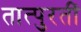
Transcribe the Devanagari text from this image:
तात्पुरतीं